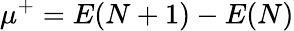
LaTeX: \mu^{+}=E(N+1)-E(N)